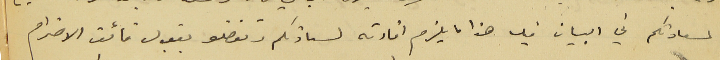
لسعادتكم في البيان فيه هذا ما يلزم افادته لسعادتكم وتفضلو بقبول فائق الاحترام